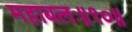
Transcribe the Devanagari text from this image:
महाबलः॥१०॥